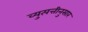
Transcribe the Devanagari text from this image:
व्युत्पत्तीनुसार